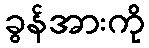
ခွန်အားကို